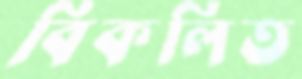
বিকলিত